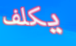
يكلف